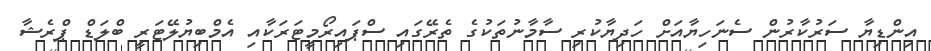
އިންޑިޔާ ސަރުކާރުން ސެނަހިޔާއަށް ހަދިޔާކުރި ސާމާނުތަކުގެ ތެރޭގައި ސްޕައިރޯމީޓަރަކާއި އެމްބިޔުލޭޓަރީ ބްލަޑް ޕްރެޝާ